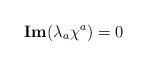
LaTeX: \begin{align*}{\bf Im}(\lambda _a\chi ^a)=0 \end{align*}